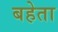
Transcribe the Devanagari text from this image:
बहेता